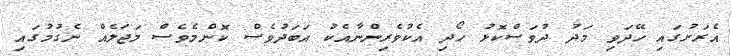
އެރަށުގައި ހޭދަވި މަދު ދުވަސްކޮޅު ހޯދި އެކުވެރިންނާއެކު އަބަދުވެސް ކޮންމެވެސް މަޖަލެއް ނެގުމުގައި